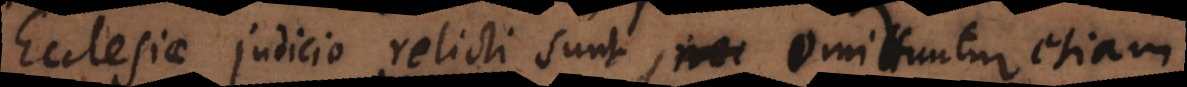
Ecclesiae judicio relicti sunt, omittuntur etiam